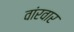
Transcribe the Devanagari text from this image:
वांरवार